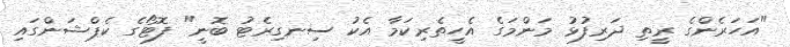
"އަހަރެންގެ ރީތި ދަރިފުޅު މަންމަގެ އެހީތެރިކަމާ އެކު ސިނގިރެޓު ބޮނީ" ފޮޓޯގެ ކެޕްޝަންގައި